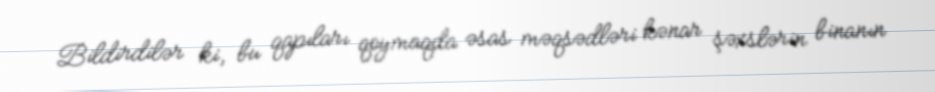
Bildirdilər ki, bu qapıları qoymaqda əsas məqsədləri kənar şəxslərin binanın